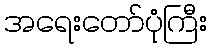
အရေးတော်ပုံကြီး